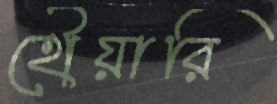
হৌয়ারি